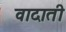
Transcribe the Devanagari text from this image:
वादाती